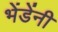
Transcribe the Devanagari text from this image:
भेंडेंनी